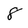
Character: 8